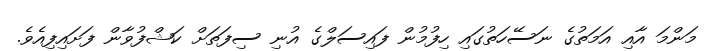
މަންމަ އާއި އަމަތުގެ ނަސޭހަތުގައި ހިފުމުން ފައިސަލްގެ އުނި ސިފަތަށް ކަޝްފުވާން ފަށައިފިއެވެ.